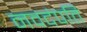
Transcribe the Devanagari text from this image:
नवदंपति